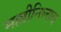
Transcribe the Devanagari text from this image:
मल्लीनिलाव